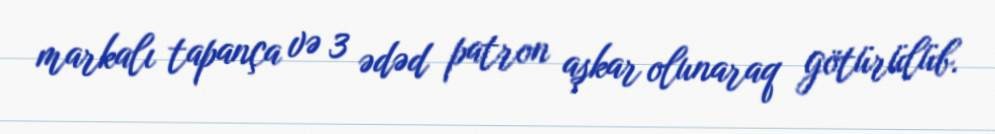
markalı tapança və 3 ədəd patron aşkar olunaraq götürülüb.